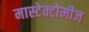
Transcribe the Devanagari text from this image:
मास्टेक्टोमीज